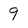
Character: 9